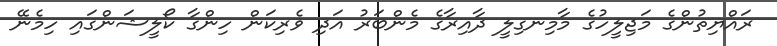
ރައްޔިތުންގެ މަޖިލީހުގެ މާމިނގިލީ ދާއިރާގެ މެންބަރު އަދި ވެރިކަން ހިންގާ ކޯލީޝަންގައި ހިމެނޭ